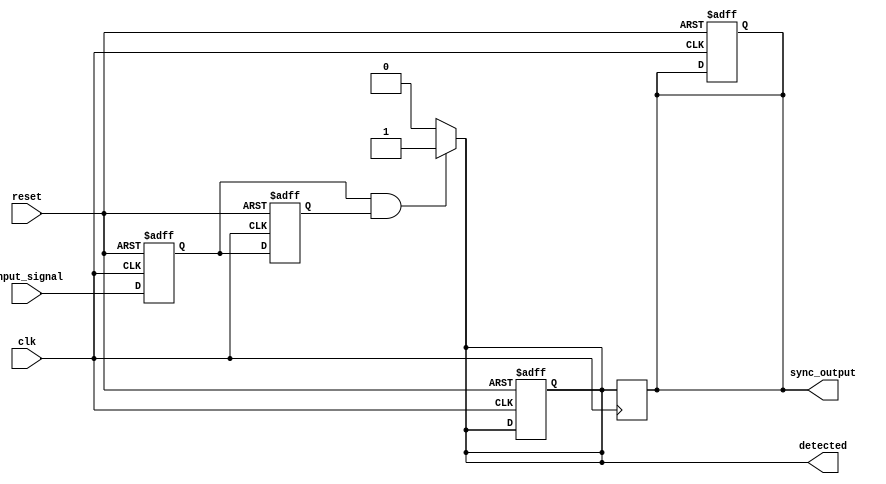
module DualFFDetector (
    input wire input_signal,    // Input signal to be monitored
    input wire clk,             // Clock signal
    input wire reset,           // Reset signal
    output reg detected,        // Output indicating if the pattern is detected
    output reg sync_output      // Synchronized output based on detection
);

    // D-type flip-flops
    reg ff1;                   // First flip-flop
    reg ff2;                   // Second flip-flop

    // Pattern definition (For example, detecting '11' pattern)
    parameter PATTERN = 2'b11;

    // Sequential logic for flip-flops
    always @(posedge clk or posedge reset) begin
        if (reset) begin
            ff1 <= 1'b0;       // Reset FF1
            ff2 <= 1'b0;       // Reset FF2
            detected <= 1'b0;  // Reset detected signal
            sync_output <= 1'b0; // Reset sync output
        end else begin
            ff1 <= input_signal; // Sample input_signal into FF1
            ff2 <= ff1;          // Sample ff1 into FF2
        end
    end

    // Combinational logic for pattern detection
    always @(*) begin
        if (ff1 == PATTERN[1] && ff2 == PATTERN[0]) begin
            detected = 1'b1;    // Pattern detected
        end else begin
            detected = 1'b0;    // No pattern detected
        end
    end

    // Synchronized output
    always @(posedge clk) begin
        sync_output <= detected; // Synchronize detected signal
    end

endmodule